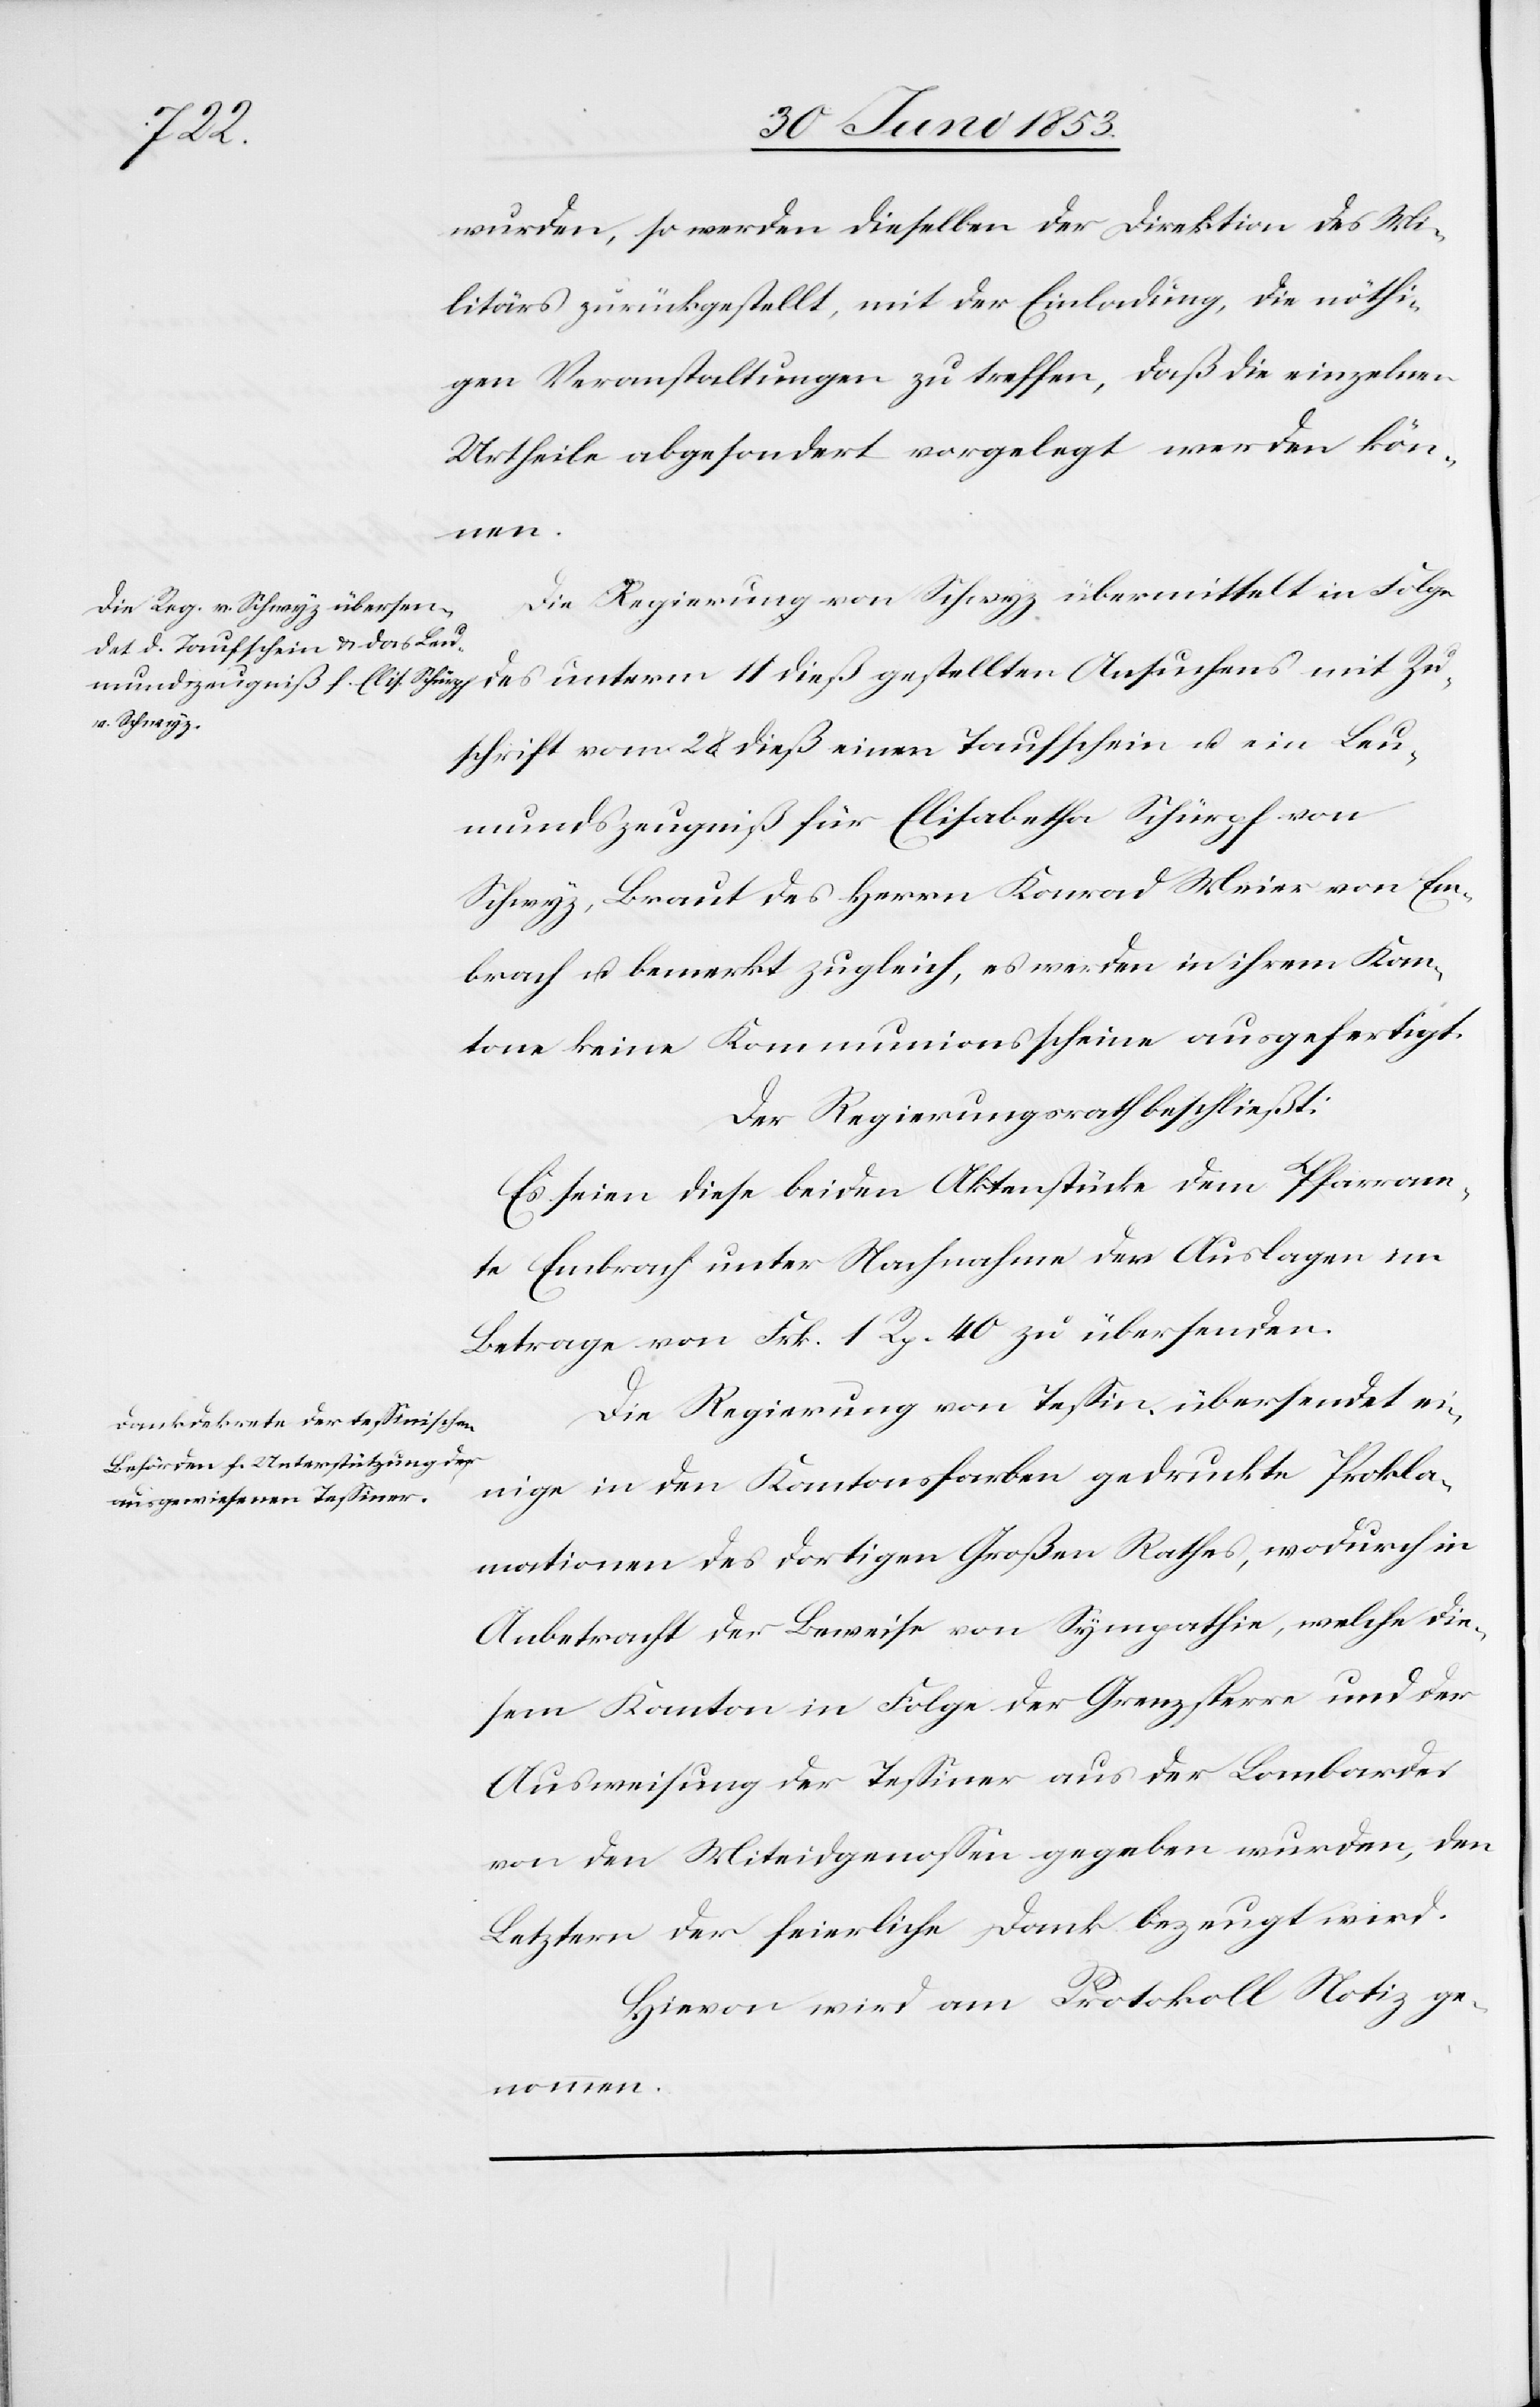
wurden, so werden dieselben der Direktion des Mi¬
litärs zurückgestellt, mit der Einladung, die nöthi¬
gen Veranstaltungen zu treffen, daß die einzelnen
Urtheile abgesondert vorgelegt werden kön¬
nommen.
Die Regierung von Schwyz übermittelt in Folge
des unterm 11 dieß gestellten Ansuchens mit Zu¬
schrift vom 28 dieß einen Taufschein u. ein Leu¬
mundszeugniß für Elisabetha Schürpf von
Schwyz, Braut des Herrn Konrad Meier von Em¬
brach u. bemerkt zugleich, es werden in ihrem Kan¬
tone keine Kommunionsscheine ausgefertigt.
Der Regierungsrath beschließt:
Es seien diese beiden Aktenstücke dem Pfarram¬
te Embrach unter Nachnahme der Auslagen im
Betrage von Frk. 1 Rp. 40 zu übersenden.
Die Regierung von Teßin übersendet ei¬
nige in den Kantonsfarben gedruckte Prokla¬
mationen des dortigen Großen Rathe, wodurch in
Anbetracht der Beweise von Sympathie, welche die¬
sem Kanton in Folge der Grenzsperre und der
Ausweisung der Teßiner aus der Lombardei
von den Miteidgenoßen gegeben wurden, den
Letztern der feierliche Dank bezeugt wird.
Hievon wird am Protokoll Notiz ge¬